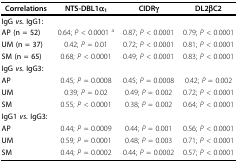
| Correlations | NTS-DBL1α1 | CIDRγ | DL2βC2 |
 | --- | --- | --- | --- |
 | <COLSPAN=4> IgG vs. IgG1: |
 | AP (n = 52) | 0.64; P < 0.0001 a | 0.87; P < 0.0001 | 0.79; P < 0.0001 |
 | UM (n = 37) | 0.42; P = 0.01 | 0.72; P < 0.0001 | 0.81; P < 0.0001 |
 | SM (n = 65) | 0.68; P < 0.0001 | 0.49; P < 0.0001 | 0.83; P < 0.0001 |
 | <COLSPAN=4> IgG vs. IgG3: |
 | AP | 0.45; P = 0.0008 | 0.45; P = 0.0008 | 0.42; P = 0.002 |
 | UM | 0.39; P = 0.02 | 0.49; P = 0.002 | 0.72; P < 0.0001 |
 | SM | 0.55; P < 0.0001 | 0.38; P = 0.002 | 0.64; P < 0.0001 |
 | <COLSPAN=4> IgG1 vs. IgG3: |
 | AP | 0.44; P = 0.0009 | 0.44; P = 0.001 | 0.56; P < 0.0001 |
 | UM | 0.59; P = 0.0001 | 0.48; P = 0.003 | 0.71; P < 0.0001 |
 | SM | 0.44; P = 0.0002 | 0.44; P = 0.0002 | 0.57; P < 0.0001 |